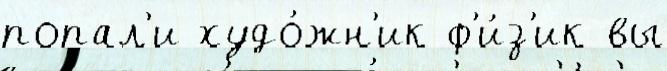
попал'и худо́жн'ик ф'и́з'ик вы